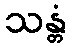
သန္တံ